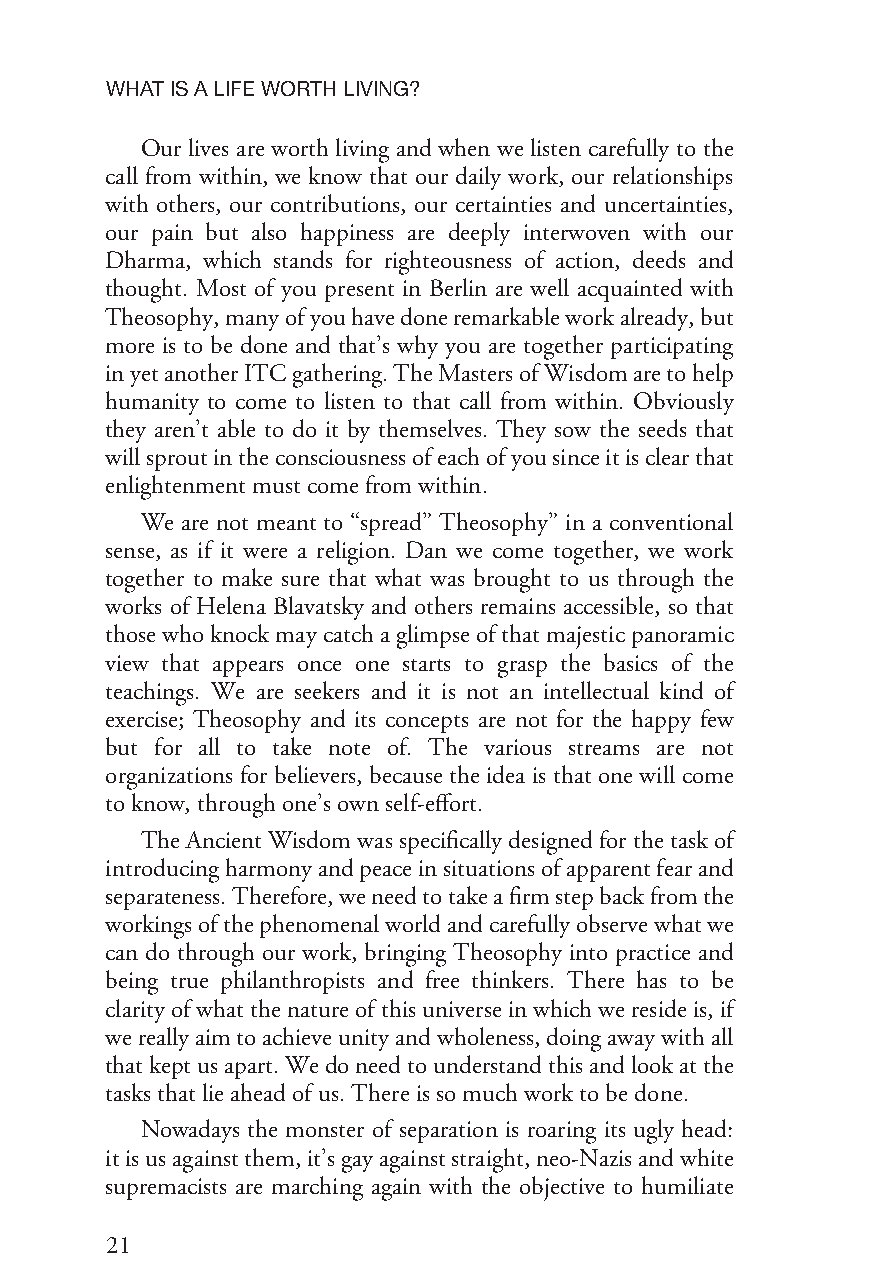
WHATISALIFEWORTHLIVING?
 Our lives are worth living and when we listen carefully to the
 call from within, we know that our daily work, our relationships
 with others, our contributions, our certainties and uncertainties,
 our pain but also happiness are deeply interwoven with our
 Dharma, which stands for righteousness of action, deeds and
 thought. Most of you present in Berlin are well acquainted with
 Theosophy,manyofyouhavedoneremarkableworkalready,but
 more is to be done and that’s why you are together participating
 inyetanotherITCgathering.TheMastersofWisdomaretohelp
 humanity to come to listen to that call from within. Obviously
 they aren’t able to do it by themselves. They sow the seeds that
 willsproutintheconsciousnessofeachofyousinceitisclearthat
 enlightenmentmustcomefromwithin.
 We are not meant to “spread” Theosophy” in a conventional
 sense, as if it were a religion. Dan we come together, we work
 together to make sure that what was brought to us through the
 works of Helena Blavatsky and others remains accessible, so that
 thosewhoknockmaycatchaglimpseofthatmajesticpanoramic
 view that appears once one starts to grasp the basics of the
 teachings. We are seekers and it is not an intellectual kind of
 exercise; Theosophy and its concepts are not for the happy few
 but for all to take note of. The various streams are not
 organizations for believers, because the idea is that one will come
 toknow,throughone’sownself-effort.
 The Ancient Wisdom was specifically designed for the task of
 introducingharmonyandpeaceinsituationsofapparentfearand
 separateness.Therefore,weneedtotakeafirmstepbackfromthe
 workingsofthephenomenalworldandcarefullyobservewhatwe
 can do through our work, bringing Theosophy into practice and
 being true philanthropists and free thinkers. There has to be
 clarityofwhatthenatureof thisuniverseinwhichweresideis,if
 wereallyaimtoachieveunityandwholeness,doingawaywithall
 thatkeptusapart.Wedoneedtounderstandthisandlookatthe
 tasksthatlieaheadofus.Thereissomuchworktobedone.
 Nowadays the monster of separation is roaring its ugly head:
 itisusagainstthem,it’sgayagainststraight,neo-Nazisandwhite
 supremacists are marching again with the objective to humiliate
 21